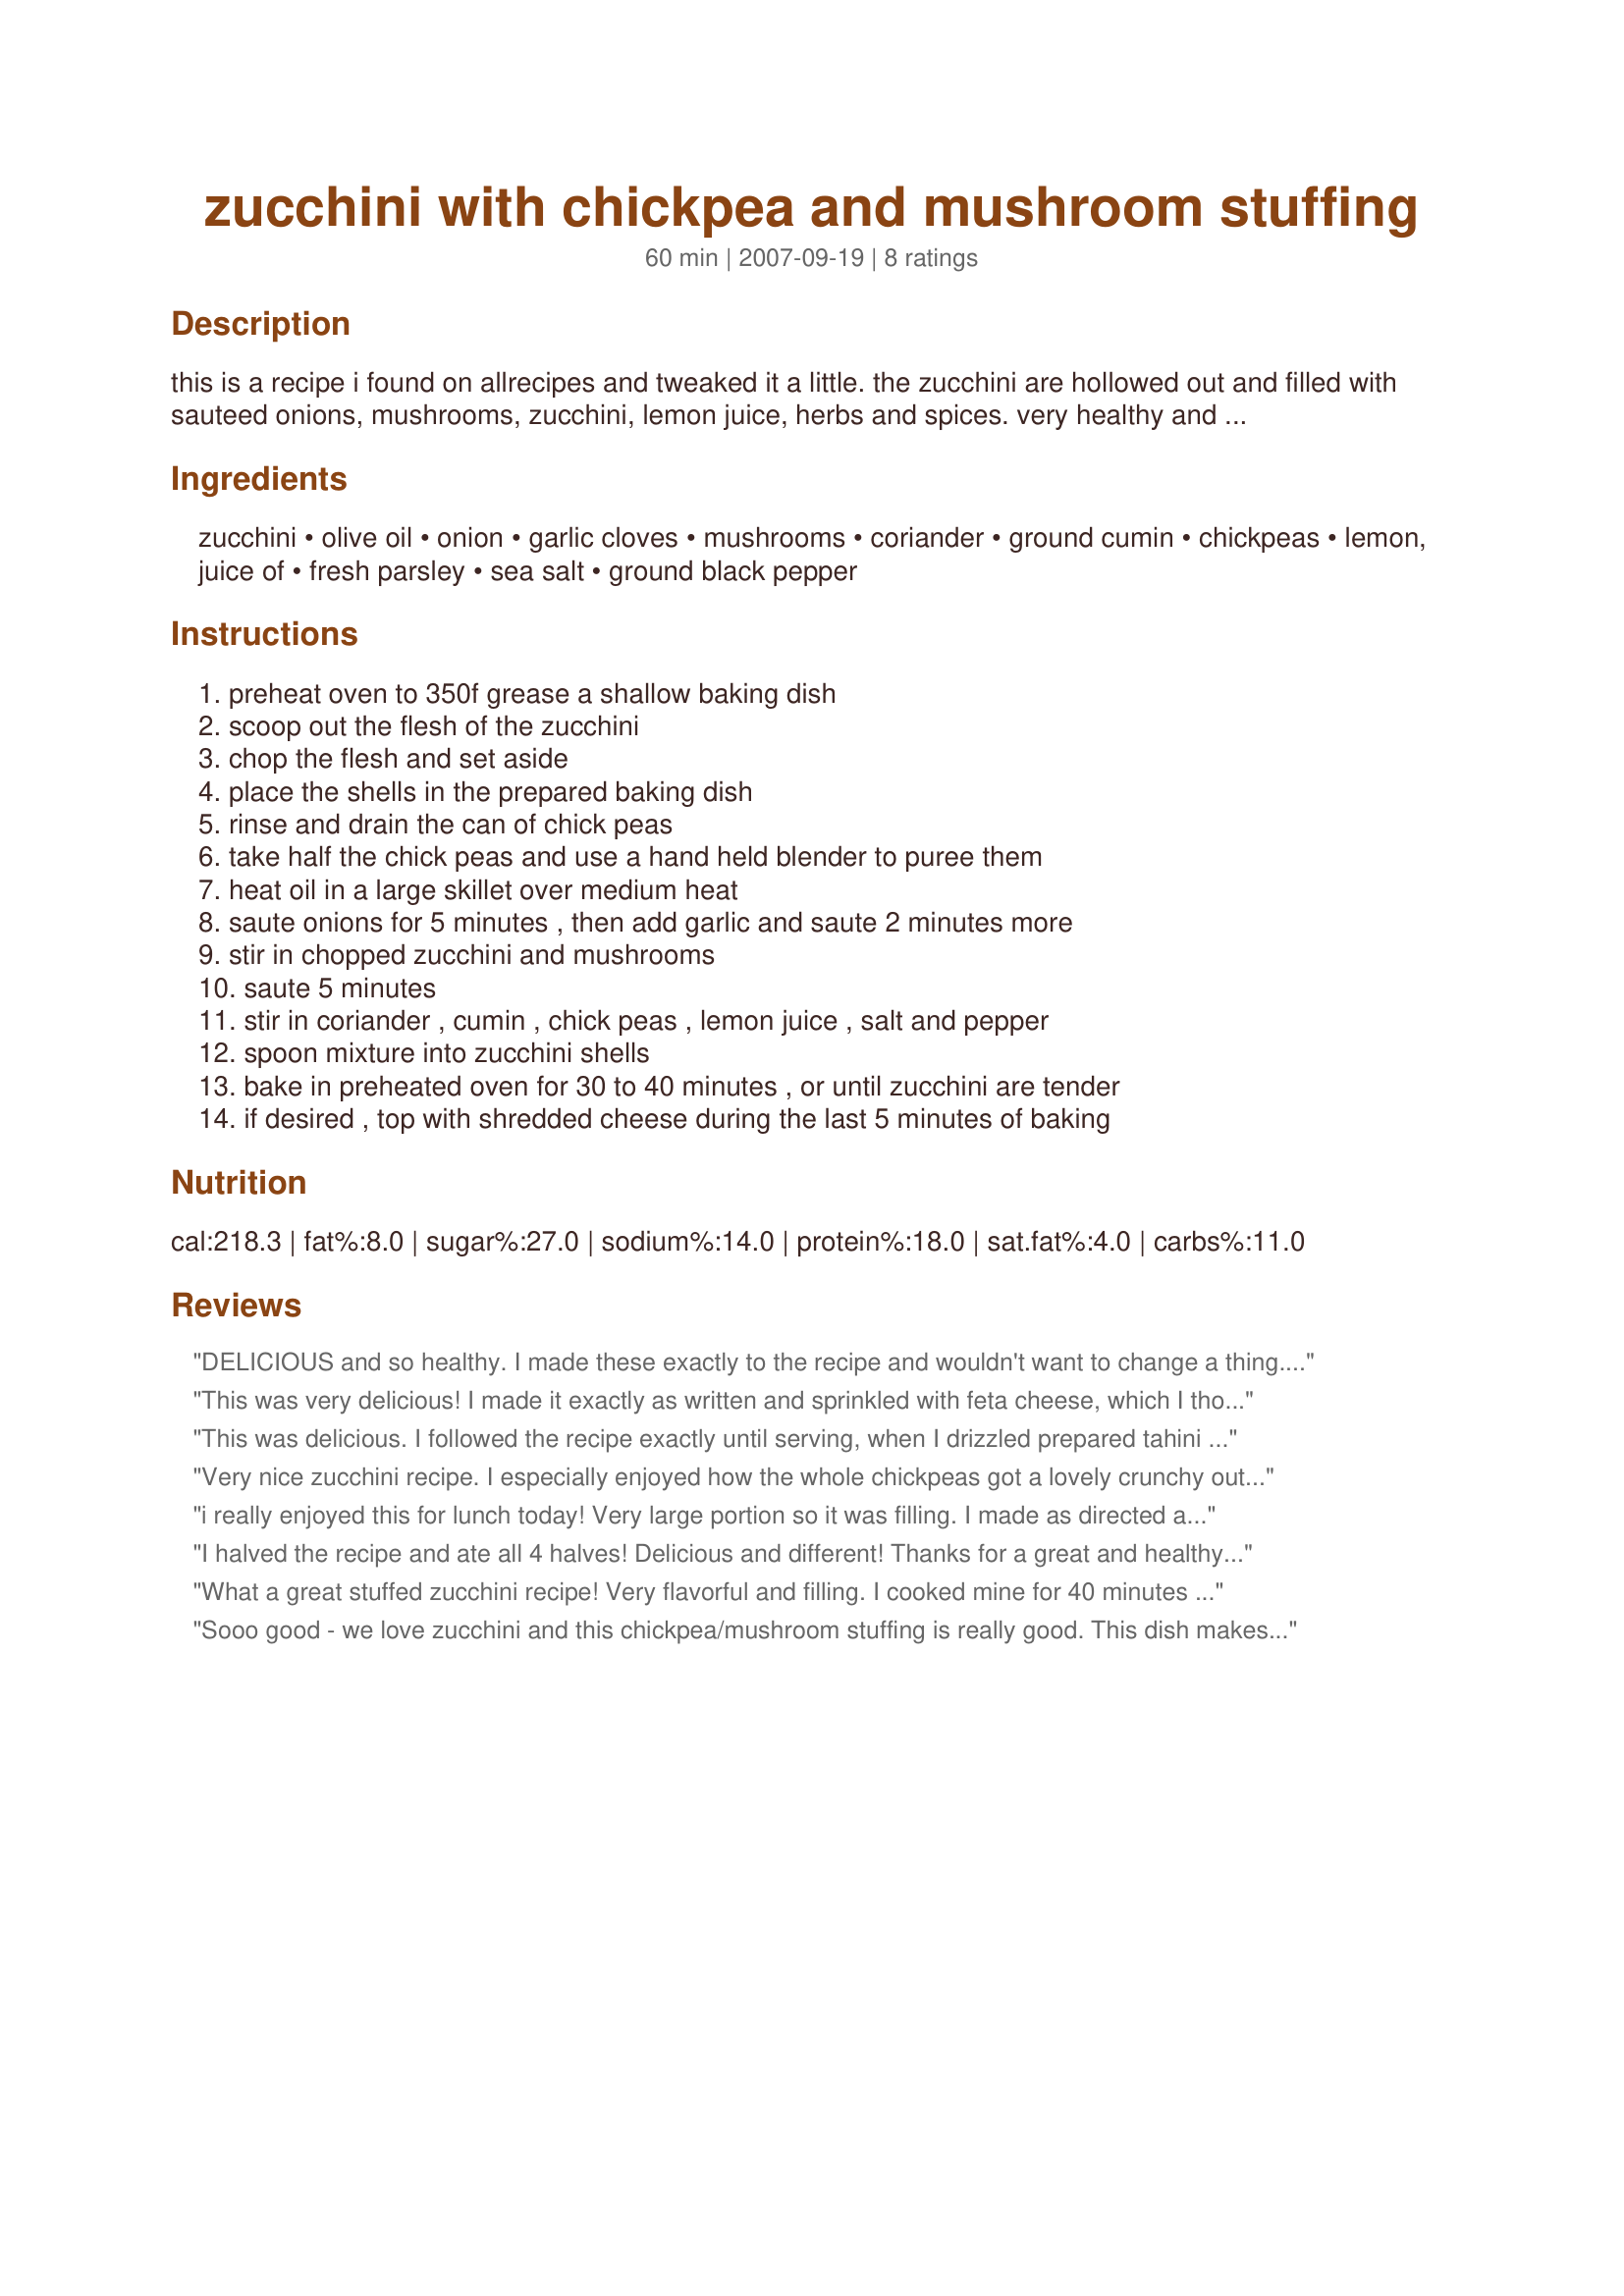
zucchini with chickpea and mushroom stuffing
Preparation time: 60 minutes

this is a recipe i found on allrecipes and tweaked it a little. the zucchini are hollowed out and filled with sauteed onions, mushrooms, zucchini, lemon juice, herbs and spices. very healthy and tasty recipe! if you aren't concerned about fat content, top them with shredded cheese during the last 5 minutes of baking.

Ingredients:
zucchini, olive oil, onion, garlic cloves, mushrooms, coriander, ground cumin, chickpeas, lemon, juice of, fresh parsley, sea salt, ground black pepper

Steps:
preheat oven to 350f grease a shallow baking dish, scoop out the flesh of the zucchini, chop the flesh and set aside, place the shells in the prepared baking dish, rinse and drain the can of chick peas, take half the chick peas and use a hand held blender to puree them, heat oil in a large skillet over medium heat, saute onions for 5 minutes , then add garlic and saute 2 minutes more, stir in chopped zucchini and mushrooms, saute 5 minutes, stir in coriander , cumin , chick peas , lemon juice , salt and pepper, spoon mixture into zucchini shells, bake in preheated oven for 30 to 40 minutes , or until zucchini are tender, if desired , top with shredded cheese during the last 5 minutes of baking

Reviews:
DELICIOUS and so healthy. I made these exactly to the recipe and wouldn't want to change a thing. Well almost. Great blend of flavours. Loved the cumin and lemon juice: they gave a wonderful lift to the main ingredients. And the chickpeas (we really liked having some whole and some blended with the other ingredients) gave the whole dish more substance and made it more filling than many stuffed zucchini dishes I've eaten where the filling - tasty as it may have been - had no real textural variation. The chickpeas and lemon juice put me in mind of hoummos, and that's where I'll make just a slight change next time I make these - by adding some tahini. Thank you, breezermom, for sharing this unusual and yummy recipe. Made for Newest Zaar Tag.
This was very delicious! I made it exactly as written and sprinkled with feta cheese, which I thought went really well with the flavors in the stuffing. Thanks!
This was delicious. I followed the recipe exactly until serving, when I drizzled prepared tahini sauce over the zucchinis, as suggested by another reviewer. We all loved this dish. Thanks for sharing the recipe. Made for ZWT6.
Very nice zucchini recipe. I especially enjoyed how the whole chickpeas got a lovely crunchy outside and developed a wonderful flavor when in the oven. I omitted the salt. Thanks for sharing!
i really enjoyed this for lunch today! Very large portion so it was filling. I made as directed and added a light sprinkling of low fat Italian blend cheese. Very very good and very very healthy! I will be making this again. Made for Went to the Market tag. Thanks breezermom! :)
I halved the recipe and ate all 4 halves! Delicious and different! Thanks for a great and healthy dinner! Vegan too! Made for the PRMR game.
What a great stuffed zucchini recipe! Very flavorful and filling. I cooked mine for 40 minutes (adding a little monterrey jack cheese during the last 5 minutes as you suggested) and the zucchini shell was still not as soft as I would have liked, so I will probably blanch it or steam it a bit before stuffing next time. Served as a side dish but will likely use as a main course from now on. Loved these - thanks for sharing the recipe!
Sooo good - we love zucchini and this chickpea/mushroom stuffing is really good. This dish makes a great side or would be great as a light meal along side a salad. Will definitely keep this recipe handy. Made for PRMR, February, 2014.
